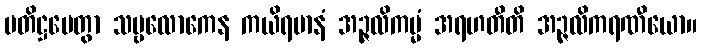
ပတိဋ္ဌပေတွာ သဗ္ဗလောကေန ကယိရမာနံ အဉ္ဇလိကမ္မံ အရဟတီတိ အဉ္ဇလိကရဏီယော။